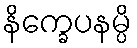
နိက္ခေပနမ္ပိ